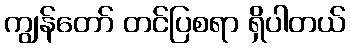
ကျွန်တော် တင်ပြစရာ ရှိပါတယ်